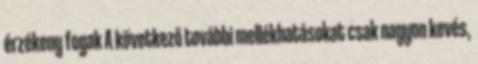
érzékeny fogak A következő további mellékhatásokat csak nagyon kevés,